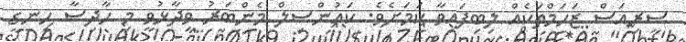
ސީރިއަސް ޒަހަމްތަކެއް ލިބިފައިވާ ކަމަށެވެ. ކައުންސިލް މެންބަރު ވިދާޅުވީ މި ހާދިސާ ހިނގީ